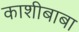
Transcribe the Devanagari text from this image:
काशीबाबा